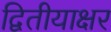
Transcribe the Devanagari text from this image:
द्वितीयाक्षर